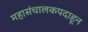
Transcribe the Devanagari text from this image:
महासंचालकपदाहून